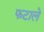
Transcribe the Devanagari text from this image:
फटाले